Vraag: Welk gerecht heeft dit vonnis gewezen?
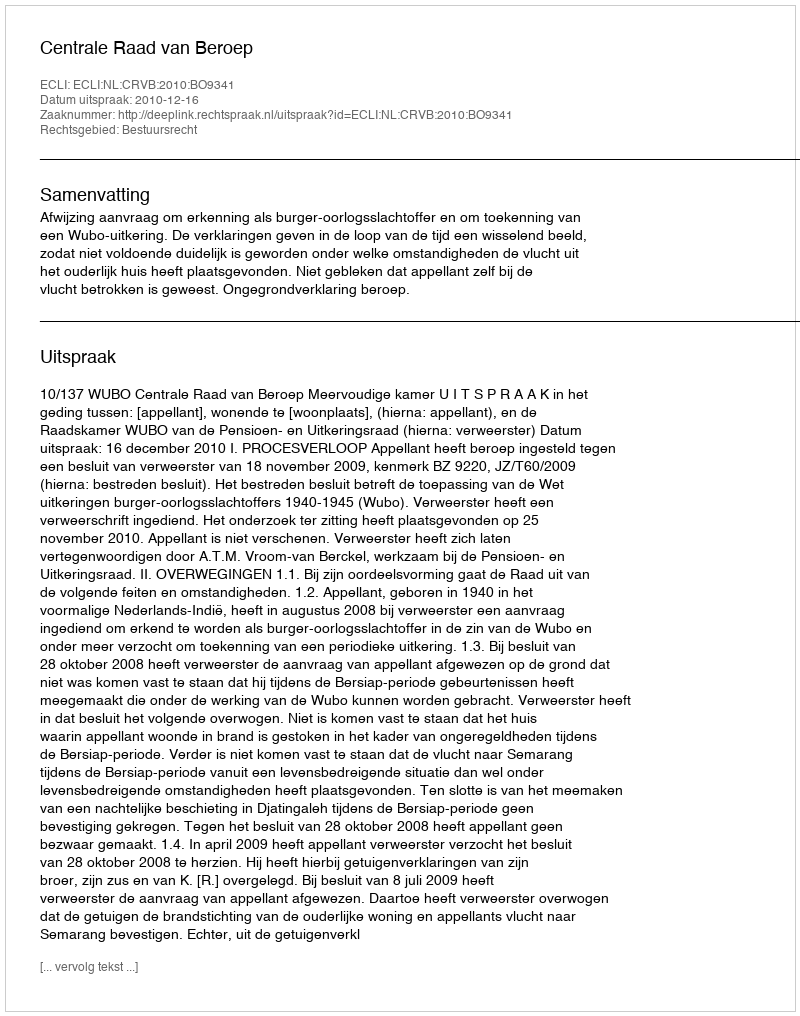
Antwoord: Centrale Raad van Beroep